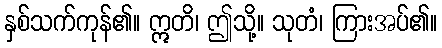
နှစ်သက်ကုန်၏။ ဣတိ၊ ဤသို့။ သုတံ၊ ကြားအပ်၏။